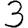
Digit: 3